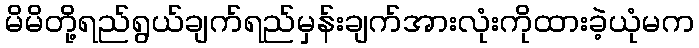
မိမိတို့ရည်ရွယ်ချက်ရည်မှန်းချက်အားလုံးကိုထားခဲ့ယုံမက